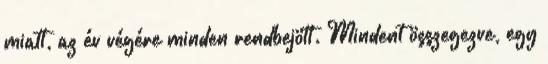
miatt, az év végére minden rendbejött. Mindent összegezve, egy